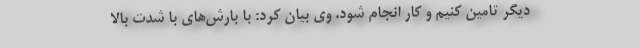
دیگر تامین کنیم و کار انجام شود. وی بیان کرد: با بارش‌های با شدت بالا